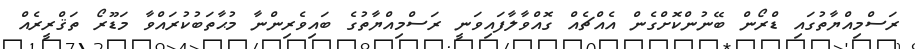
ރަސްމިއްޔާތުގައި ޑްރޯން ބޭނުންކޮށްގެން އެއްޗެއް ގޮއްވާލާފައިވަނީ ރަސްމިއްޔާތުގެ ބައިވެރިންނާ މުޙާތަބުކުރައްވާ މަޑޫރޯ ތަޤްރީރެއް